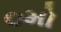
૦મો